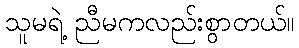
သူမရဲ့ ညီမကလည်းစွာတယ်။